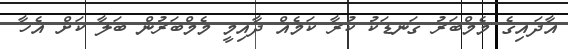
އާދައިގެ މެމްބަރު ގަނޑަކު ކުރާ ކަމެއް ދާއިމީ މެމްބަރުން ބަލާ ކަށް އެހާ